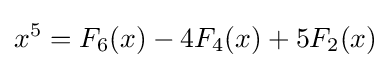
x^{5}=F_{6}(x)-4F_{4}(x)+5F_{2}(x)